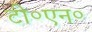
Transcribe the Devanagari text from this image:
टी०एन०